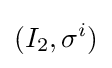
(I_{2},\sigma ^{i})